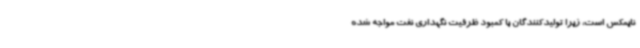
نایمکس است، زیرا تولیدکنندگان با کمبود ظرفیت نگهداری نفت مواجه شده